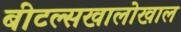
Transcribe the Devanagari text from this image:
बीटल्सखालोखाल